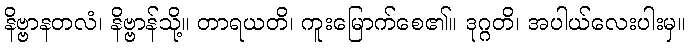
နိဗ္ဗာနတလံ၊ နိဗ္ဗာန်သို့။ တာရယတိ၊ ကူးမြောက်စေ၏။ ဒုဂ္ဂတိ၊ အပါယ်လေးပါးမှ။